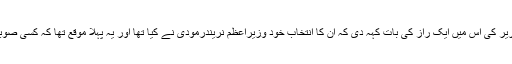
یدی یورپا نے استعفیٰ دینے سے قبل جو جذباتی تقریر کی اس میں ایک راز کی بات کہہ دی کہ ان کا انتخاب خود وزیراعظم نریندرمودی نے کیا تھا اور یہ پہلا موقع تھا کہ کسی صوبے کے وزیراعلیٰ کا انتخاب وزیراعظم نے کیا ہو۔